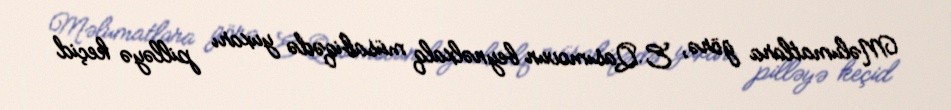
Məlumatlara görə, E.Qasımovun beynəlxalq müsabiqədə yuxarı pilləyə keçid